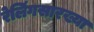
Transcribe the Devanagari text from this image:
रेलिंगसारख्या